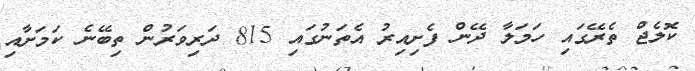
ކޮލެޖް ތެރޭގައި ހަމަލާ ދޭން ފެށިއިރު އެތަނުގައި 815 ދަރިވަރުން ތިބޭނެ ކަމަށާއި